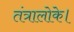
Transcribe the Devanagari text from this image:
तंत्रालोके।